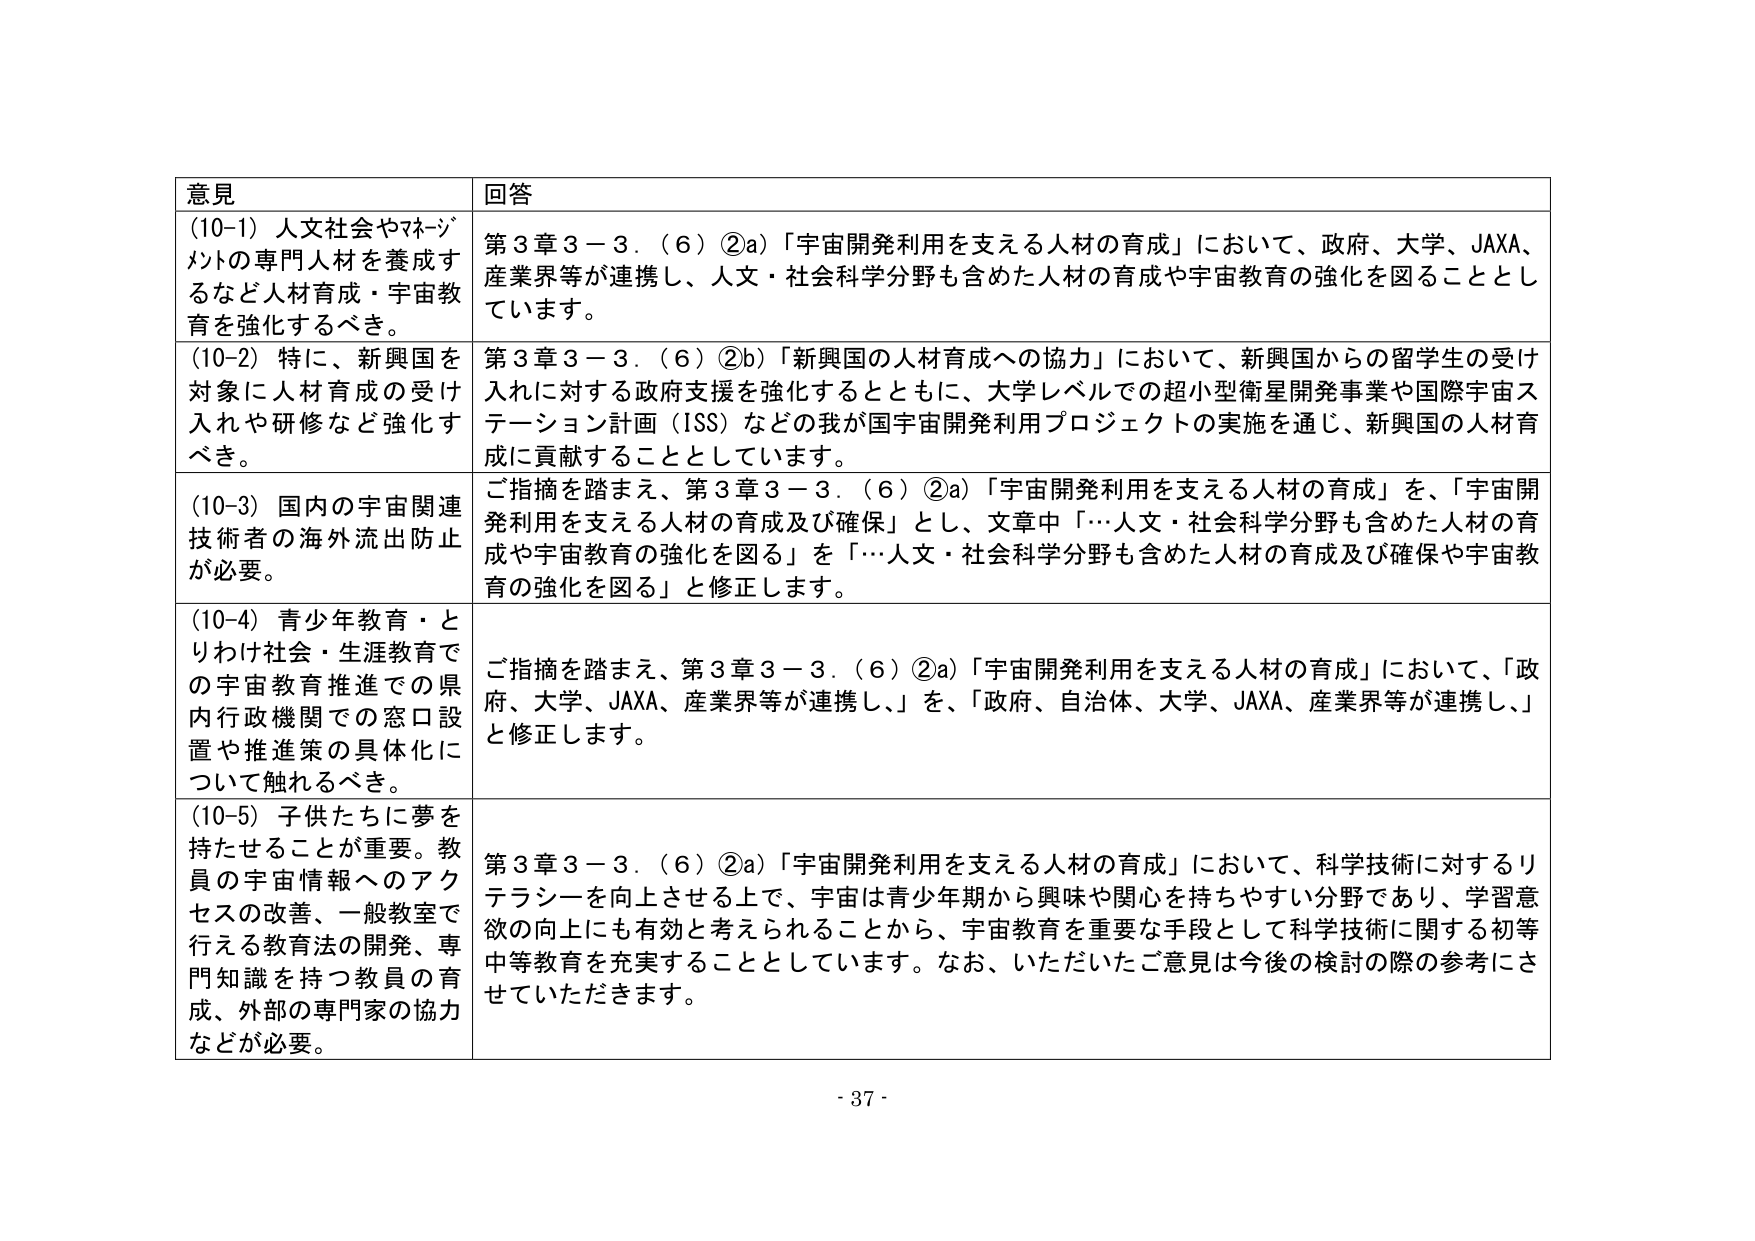
意見
(10-1) 人文社会やマネジメントの専門人材を養成するなど人材育成・宇宙教育を強化するべき。
(10-2) 特に、新興国を対象に人材育成の受け入れや研修など強化すべき。
(10-3) 国内の宇宙関連技術者の海外流出防止が必要。
(10-4) 青少年教育・とりわけ社会・生涯教育での宇宙教育推進での県内行政機関での窓口設置や推進策の具体化について触れるべき。
(10-5) 子供たちに夢を持たせることが重要。教員の宇宙情報へのアクセスの改善、一般教室で行える教育法の開発、専門知識を持つ教員の育成、外部の専門家の協力などが必要。

回答
第3章3－3．（6）②a）「宇宙開発利用を支える人材の育成」において、政府、大学、JAXA、産業界等が連携し、人文・社会科学分野も含めた人材の育成や宇宙教育の強化を図ることとしています。
第3章3－3．（6）②b）「新興国の人材育成への協力」において、新興国からの留学生の受け入れに対する政府支援を強化するとともに、大学レベルでの超小型衛星開発事業や国際宇宙ステーション計画（ISS）などの我が国宇宙開発利用プロジェクトの実施を通じ、新興国の人材育成に貢献することとしています。
ご指摘を踏まえ、第3章3－3．（6）②a）「宇宙開発利用を支える人材の育成」を、「宇宙開発利用を支える人材の育成及び確保」とし、文章中「…人文・社会科学分野も含めた人材の育成や宇宙教育の強化を図る」を「…人文・社会科学分野も含めた人材の育成及び確保や宇宙教育の強化を図る」と修正します。
ご指摘を踏まえ、第3章3－3．（6）②a）「宇宙開発利用を支える人材の育成」において、「政府、大学、JAXA、産業界等が連携し、」を、「政府、自治体、大学、JAXA、産業界等が連携し、」と修正します。
第3章3－3．（6）②a）「宇宙開発利用を支える人材の育成」において、科学技術に対するリテラシーを向上させる上で、宇宙は青少年期から興味や関心を持ちやすい分野であり、学習意欲の向上にも有効と考えられることから、宇宙教育を重要な手段として科学技術に関する初等中等教育を充実することとしています。なお、いただいたご意見は今後の検討の際の参考にさせていただきます。

- 37 -